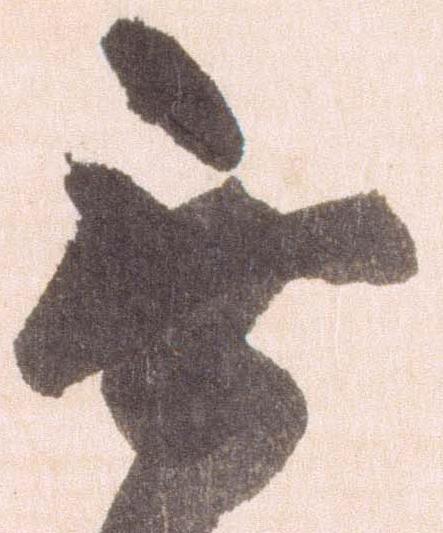
無